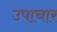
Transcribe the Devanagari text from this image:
उपाचार